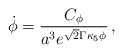
\begin{align*}\dot\phi = {C_\phi \over a^3 e^{\sqrt{2}\Gamma \kappa_5 \phi}} \,,\end{align*}